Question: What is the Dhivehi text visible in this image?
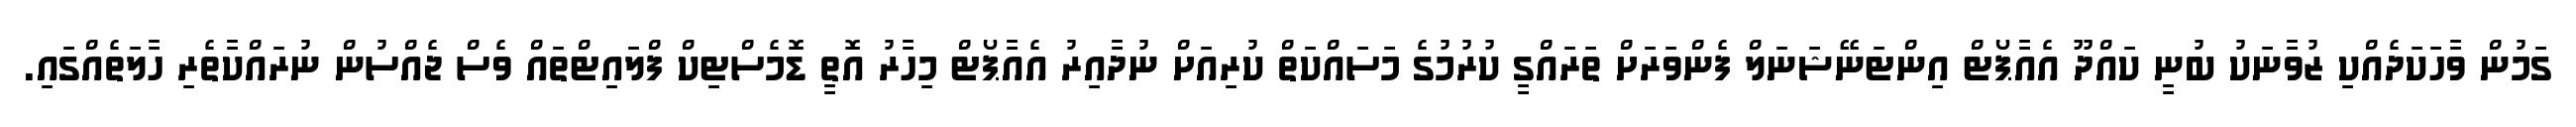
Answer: ގަމުން ވާހަކަދެއްކި ޒުވާނަކު ބުނީ ކައްދޫ އެއާޕޯޓް އިންޓަނޭޝަނަލް ފެންވަރަށް ތަރައްގީ ކުރުމުގެ މަސައްކަތް ކުރިއަށް ނުދާއިރު އެއާޕޯޓް މިހާރު އޮތީ ޑޮމެސްޓިކް ފްލައިޓްތައް ވެސް ޖެއްސުން ނުރައްކާތެރި ހާލަތެއްގައި.